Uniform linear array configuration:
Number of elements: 4
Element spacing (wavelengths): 0.25
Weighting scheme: cosine
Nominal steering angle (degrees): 30
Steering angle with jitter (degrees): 31.164
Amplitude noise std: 0.05
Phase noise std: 0.05

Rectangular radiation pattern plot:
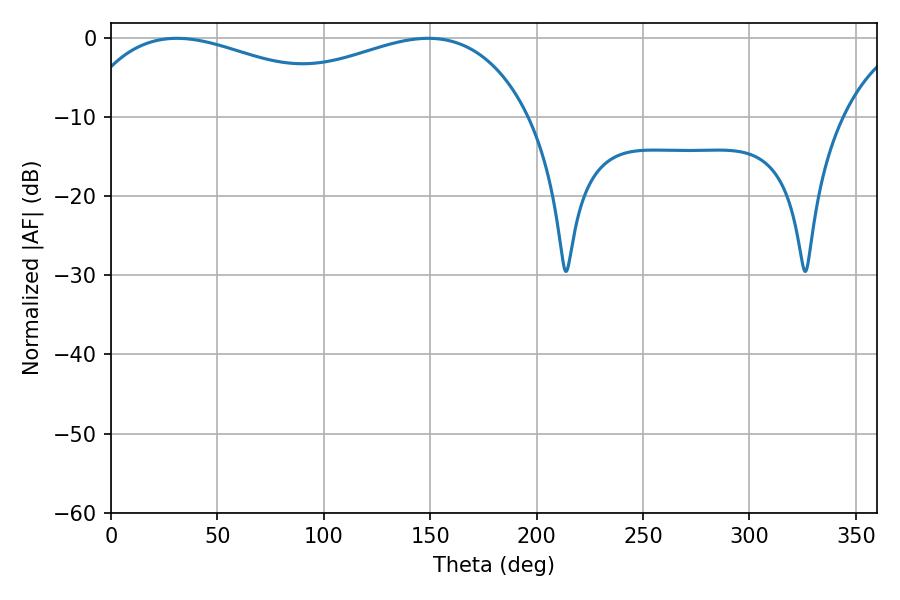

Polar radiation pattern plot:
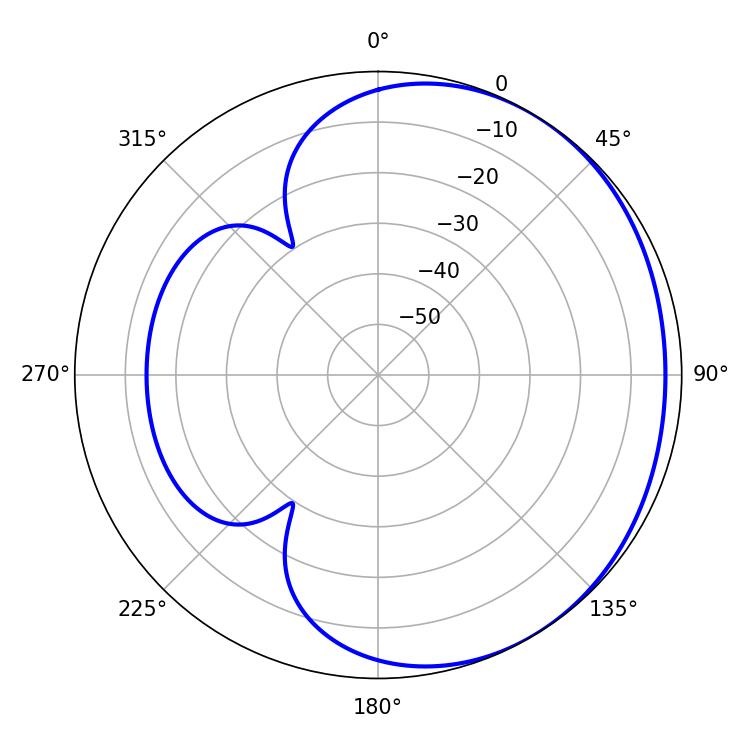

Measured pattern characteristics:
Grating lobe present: FALSE
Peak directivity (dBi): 1.724
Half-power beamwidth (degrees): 77.76
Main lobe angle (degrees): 30.96